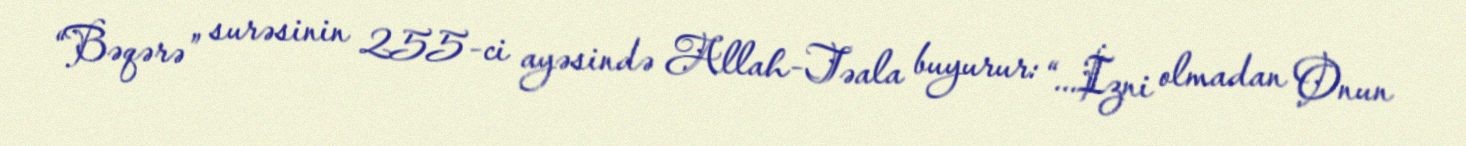
“Bəqərə” surəsinin 255-ci ayəsində Allah-Təala buyurur: “...İzni olmadan Onun